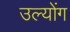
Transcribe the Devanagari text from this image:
उल्योंग